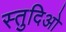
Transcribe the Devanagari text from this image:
स्तुदिओ